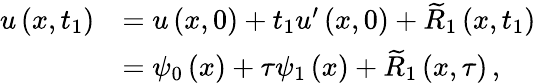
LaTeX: \begin{array}{rl}{{u}\left(x,{t}_{1}\right)}&{={u}\left(x,0\right)+{{t}_{1}}{u}^{{\prime}}\left(x,0\right)+{\widetilde R}_{1}\left(x,{t}_{1}\right)}\\ &{={\psi}_{0}\left(x\right)+{\tau}{\psi}_{1}\left(x\right)+{\widetilde R}_{1}\left(x,{\tau}\right)\, ,}\end{array}